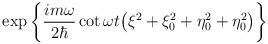
LaTeX: \begin{align*}\exp \left\{\frac{im\omega}{2\hbar} \cot \omega t \bigl(\xi ^2 + \xi_0^2 + \eta ^2_0 + \eta ^2_0\bigr)\right\} \end{align*}